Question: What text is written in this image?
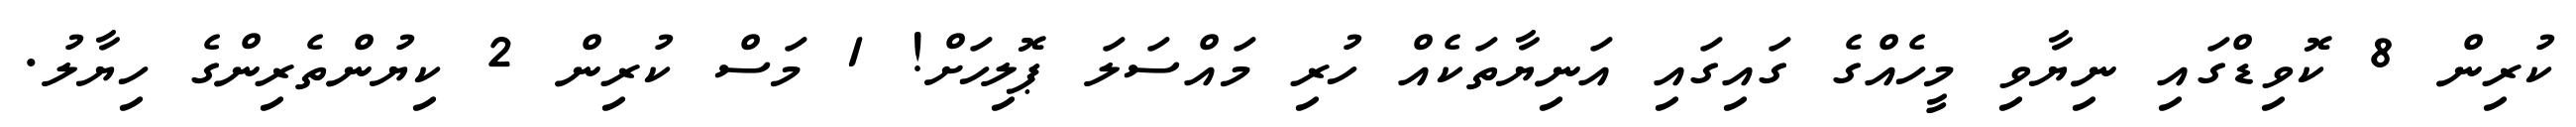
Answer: ކުރިން 8 ކޮވިޑްގައި ނިޔާވި މީހެއްގެ ގައިގައި އަނިޔާތަކެއް ހުރި މައްސަލަ ޕޮލިހަށް! 1 މަސް ކުރިން 2 ކިޔުންތެރިންގެ ހިޔާލު.